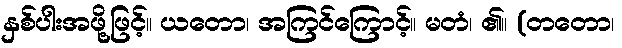
နှစ်ပါးအဖို့ဖြင့်။ ယတော၊ အကြင်ကြောင့်။ မတံ၊ ၏။ (တတော၊